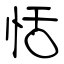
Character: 恬